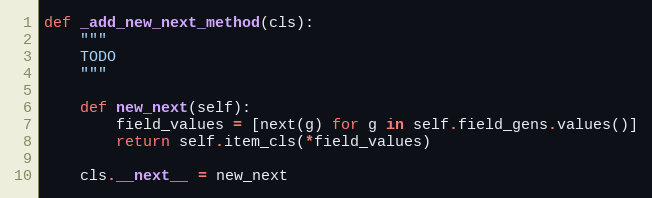
Language: Python
def _add_new_next_method(cls):
    """
    TODO
    """

    def new_next(self):
        field_values = [next(g) for g in self.field_gens.values()]
        return self.item_cls(*field_values)

    cls.__next__ = new_next